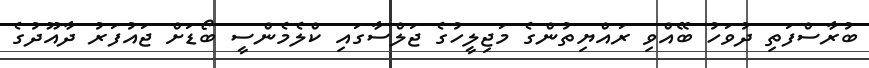
ބުރާސްފަތި ދުވަހު ބޭއްވި ރައްޔިތުންގެ މަޖިލީހުގެ ޖަލްސާގައި ކްލެމެންސީ ބޯޑަށް ޖައުފަރު ދާއޫދުގެ